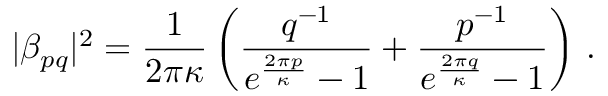
| \beta _ { p q } | ^ { 2 } = \frac { 1 } { 2 \pi \kappa } \left( \frac { q ^ { - 1 } } { e ^ { \frac { 2 \pi p } { \kappa } } - 1 } + \frac { p ^ { - 1 } } { e ^ { \frac { 2 \pi q } { \kappa } } - 1 } \right) \, .